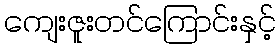
ကျေးဇူးတင်ကြောင်းနှင့်